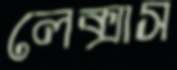
লেক্সাস